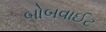
બોબવાઈટ